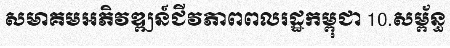
សមាគមអភិវឌ្ឍន៍ជីវភាពពលរដ្ឋកម្ពុជា 10.សម្ព័ន្ធ